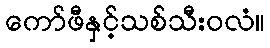
ကော်ဖီနှင့်သစ်သီးဝလံ။